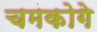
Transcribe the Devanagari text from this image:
चमकोगे